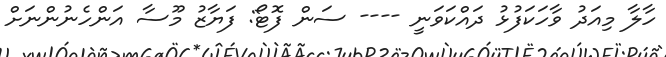
ހާލާ މިއަދު ވާހަކަފުޅު ދައްކަވަނީ ---- ސަން ފޮޓޯ: ފަޔާޒު މޫސާ އަންހެނުންނަށް